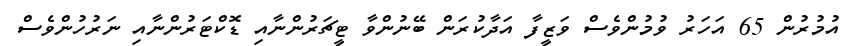
އުމުރުން 65 އަހަރު ވުމުންވެސް ވަޒީފާ އަދާކުރަން ބޭނުންވާ ޓީޗަރުންނާއި ޑޮކްޓަރުންނާއި ނަރުހުންވެސް